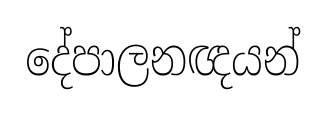
දේපාලනඥයන්